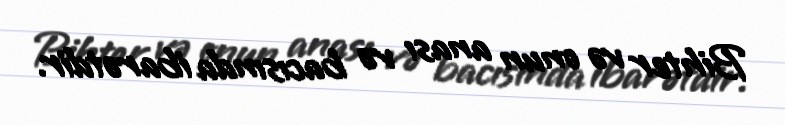
Bihter və onun anası və bacısında ibarətdir.